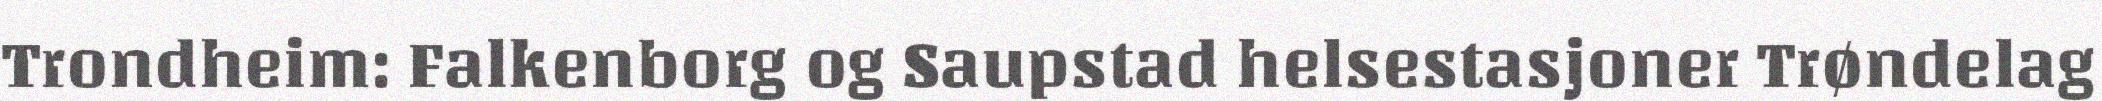
Trondheim: Falkenborg og Saupstad helsestasjoner Trøndelag